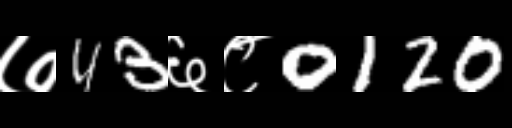
Text: ७43६८0120